Report on the administration of the Government Cinchona Department 1892-98
Year: 1892
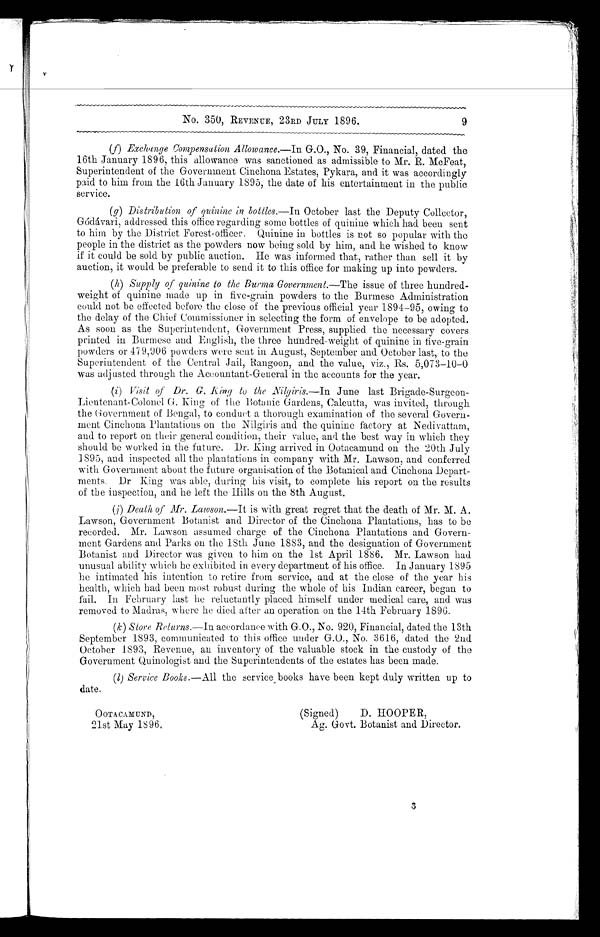
------------------
–
No. 350, REVENUE, 23RD JULY 1896. 9
(f) Exchange Compensation Allowance.—In G.O., No. 39, Financial, dated the
16th January 1896, this allowance was sanctioned as admissible to Mr. R. McFeat,
Superintendent of the Government Cinchona Estates, Pykara, and it was accordingly
p a i d t o h i m f r o m t h e 1 6 t h J a n u a r y 1 8 9 5 , t h e d a t e o f h i s e n t e r t a i n m e n t i n t h e p u b l i c
service.
(g) Distribution of quinine in bottles.—In October last the Deputy Collector,
G ó d á v a r i , a d d r e s s e d t h i s o f f i c e r e g a r d i n g s o m e b o t t l e s o f q u i n i n e w h i c h h a d b e e n s e n t
to him by the District Forest officer. Quinine in bottles is not so popular with the
people in the district as the powders now being sold by him, and he wished to know
if it could be sold by public auction. He was informed that, rather than sell it by
auction, it would be preferable to send it to this office for making up into powders.
(h) S u p p l y o f q u i n i n e t o t h e B u r m a G o v e r n m e n t . —The issue of three hundred-
weight of quinine made up in five-grain powders to the Burmese Administration
could not be effected before the close of the previous official year 1894-95, owing to
the delay of the Chief Commissioner in selecting the form of envelope to be adopted.
As soon as the Superintendent, Government Press, supplied the necessary covers
printed in Burmese and English, the three hundred-weight of quinine in five-grain
powders or 479,906 powders were sent in August, September and October last, to the
Superintendent of the Central Jail, Rangoon, and the value, viz., Rs. 5,073-10-0
was adjusted through the Accountant-General in the accounts for the year.
(i) Visit of Dr. G. King to the Nilgiris.—In June last Brigade-Surgeon-
Lieutenant-Colonel G. King of the Botanic Gardens, Calcutta, was invited, through
the Government of Bengal, to conduct a thorough examination of the several Govern
ment Cinchona Plantations on the Nilgiris and the quinine factory at Nedivattam,
and to report on their general condition, their value, and the best way in which they
should be worked in the future. Dr. King arrived in Ootacamund on the 20th July
1895, and inspected all the plantations in company with Mr. Lawson, and conferred
with Government about the future organisation of the Botanical and. Cinchona Depart
ments. Dr King was able, during his visit, to complete his report on the results
of the inspection, and he left the Hills on the 8th August.
(j) Death of Mr. Lawson.—It is with great regret that the death of Mr. M. A.
Lawson, Government Botanist and Director of the Cinchona Plantations, has to be
recorded. Mr. Lawson assumed charge of the Cinchona Plantations and Govern
ment Gardens and Parks on the 18th June 1883, and the designation of Government
Botanist and Director was given to him on the 1st April 1886. Mr. Lawson had
unusual ability which he exhibited in every department of his office. In January 1895
he intimated his intention to retire from service, and at the close of the year his
health, which had been most robust during the whole of his Indian career, began to
fail. In February last he reluctantly placed himself under medical care, and was
removed to Madras, where he died after an operation on the 14th February 1896.
(k) Store Returns.— In a c c o r d a n c e w i t h G . O . , N o . 9 2 0 , F i n a n c i a l , d a t e d t h e 1 3 t h
September 1893, communicated to this office under G.O., No. 3616, dated the 2nd
O c t o b e r 1 8 9 3 , R e v e n u e , a n i n v e n t o r y o f t h e v a l u a b l e s t o c k i n t h e c u s t o d y o f t h e
Government Quinologist and the Superintendents of the estates has been made.
(1) Service Books.— All the service books have been kept duly written up to
date.
OOTACAMUND,
(Signed) D. HOOPER,
21st May 1896.
Ag. Govt. Botanist and Director.